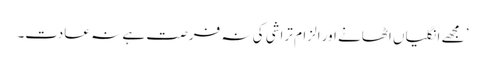
’ مجھے انگلیاں اٹھانے اور الزام تراشی کی نہ فرصت ہے نہ عادت۔